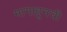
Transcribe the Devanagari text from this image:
मागाहूनची